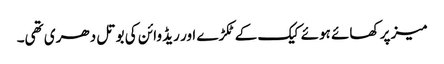
میز پر کھائے ہوئے کیک کے ٹکڑے اور ریڈ وائن کی بوتل دھری تھی۔